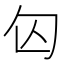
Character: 匃